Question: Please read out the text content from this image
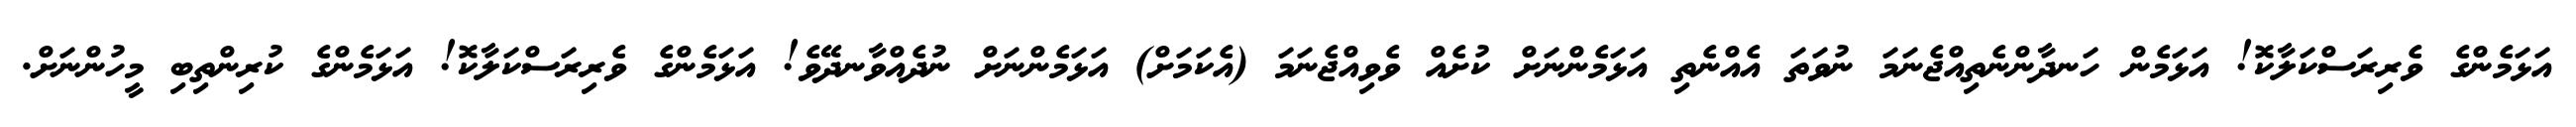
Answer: އަޅަމެންގެ ވެރިރަސްކަލާކޮ! އަޅަމެން ހަނދާންނެތިއްޖެނަމަ ނުވަތަ އެއްނެތި އަޅަމެންނަށް ކުށެއް ވެވިއްޖެނަމަ (އެކަމަށް) އަޅަމެންނަށް ނުދެއްވާނދޭވެ! އަޅަމެންގެ ވެރިރަސްކަލާކޮ! އަޅަމެންގެ ކުރިންތިބި މީހުންނަށް.